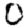
Digit: 0